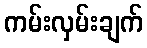
ကမ်းလှမ်းချက်